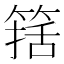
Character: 𰪆